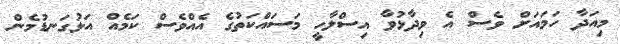
މިއަދާ ހަމައަށް ވެސް އެ ވިދާޅުވާ އިސްލާހީ މަސައްކަތުގެ އެއްވެސް ކަމެއް އަޅުގަނޑުމެން